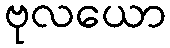
ဗုလယော